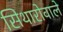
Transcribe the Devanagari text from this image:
सिथारोवाले